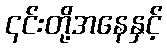
၎င်းတို့အနေနှင့်